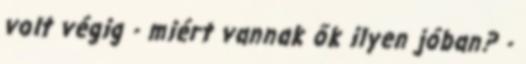
volt végig - miért vannak ők ilyen jóban? -